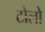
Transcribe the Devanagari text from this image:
टोलो